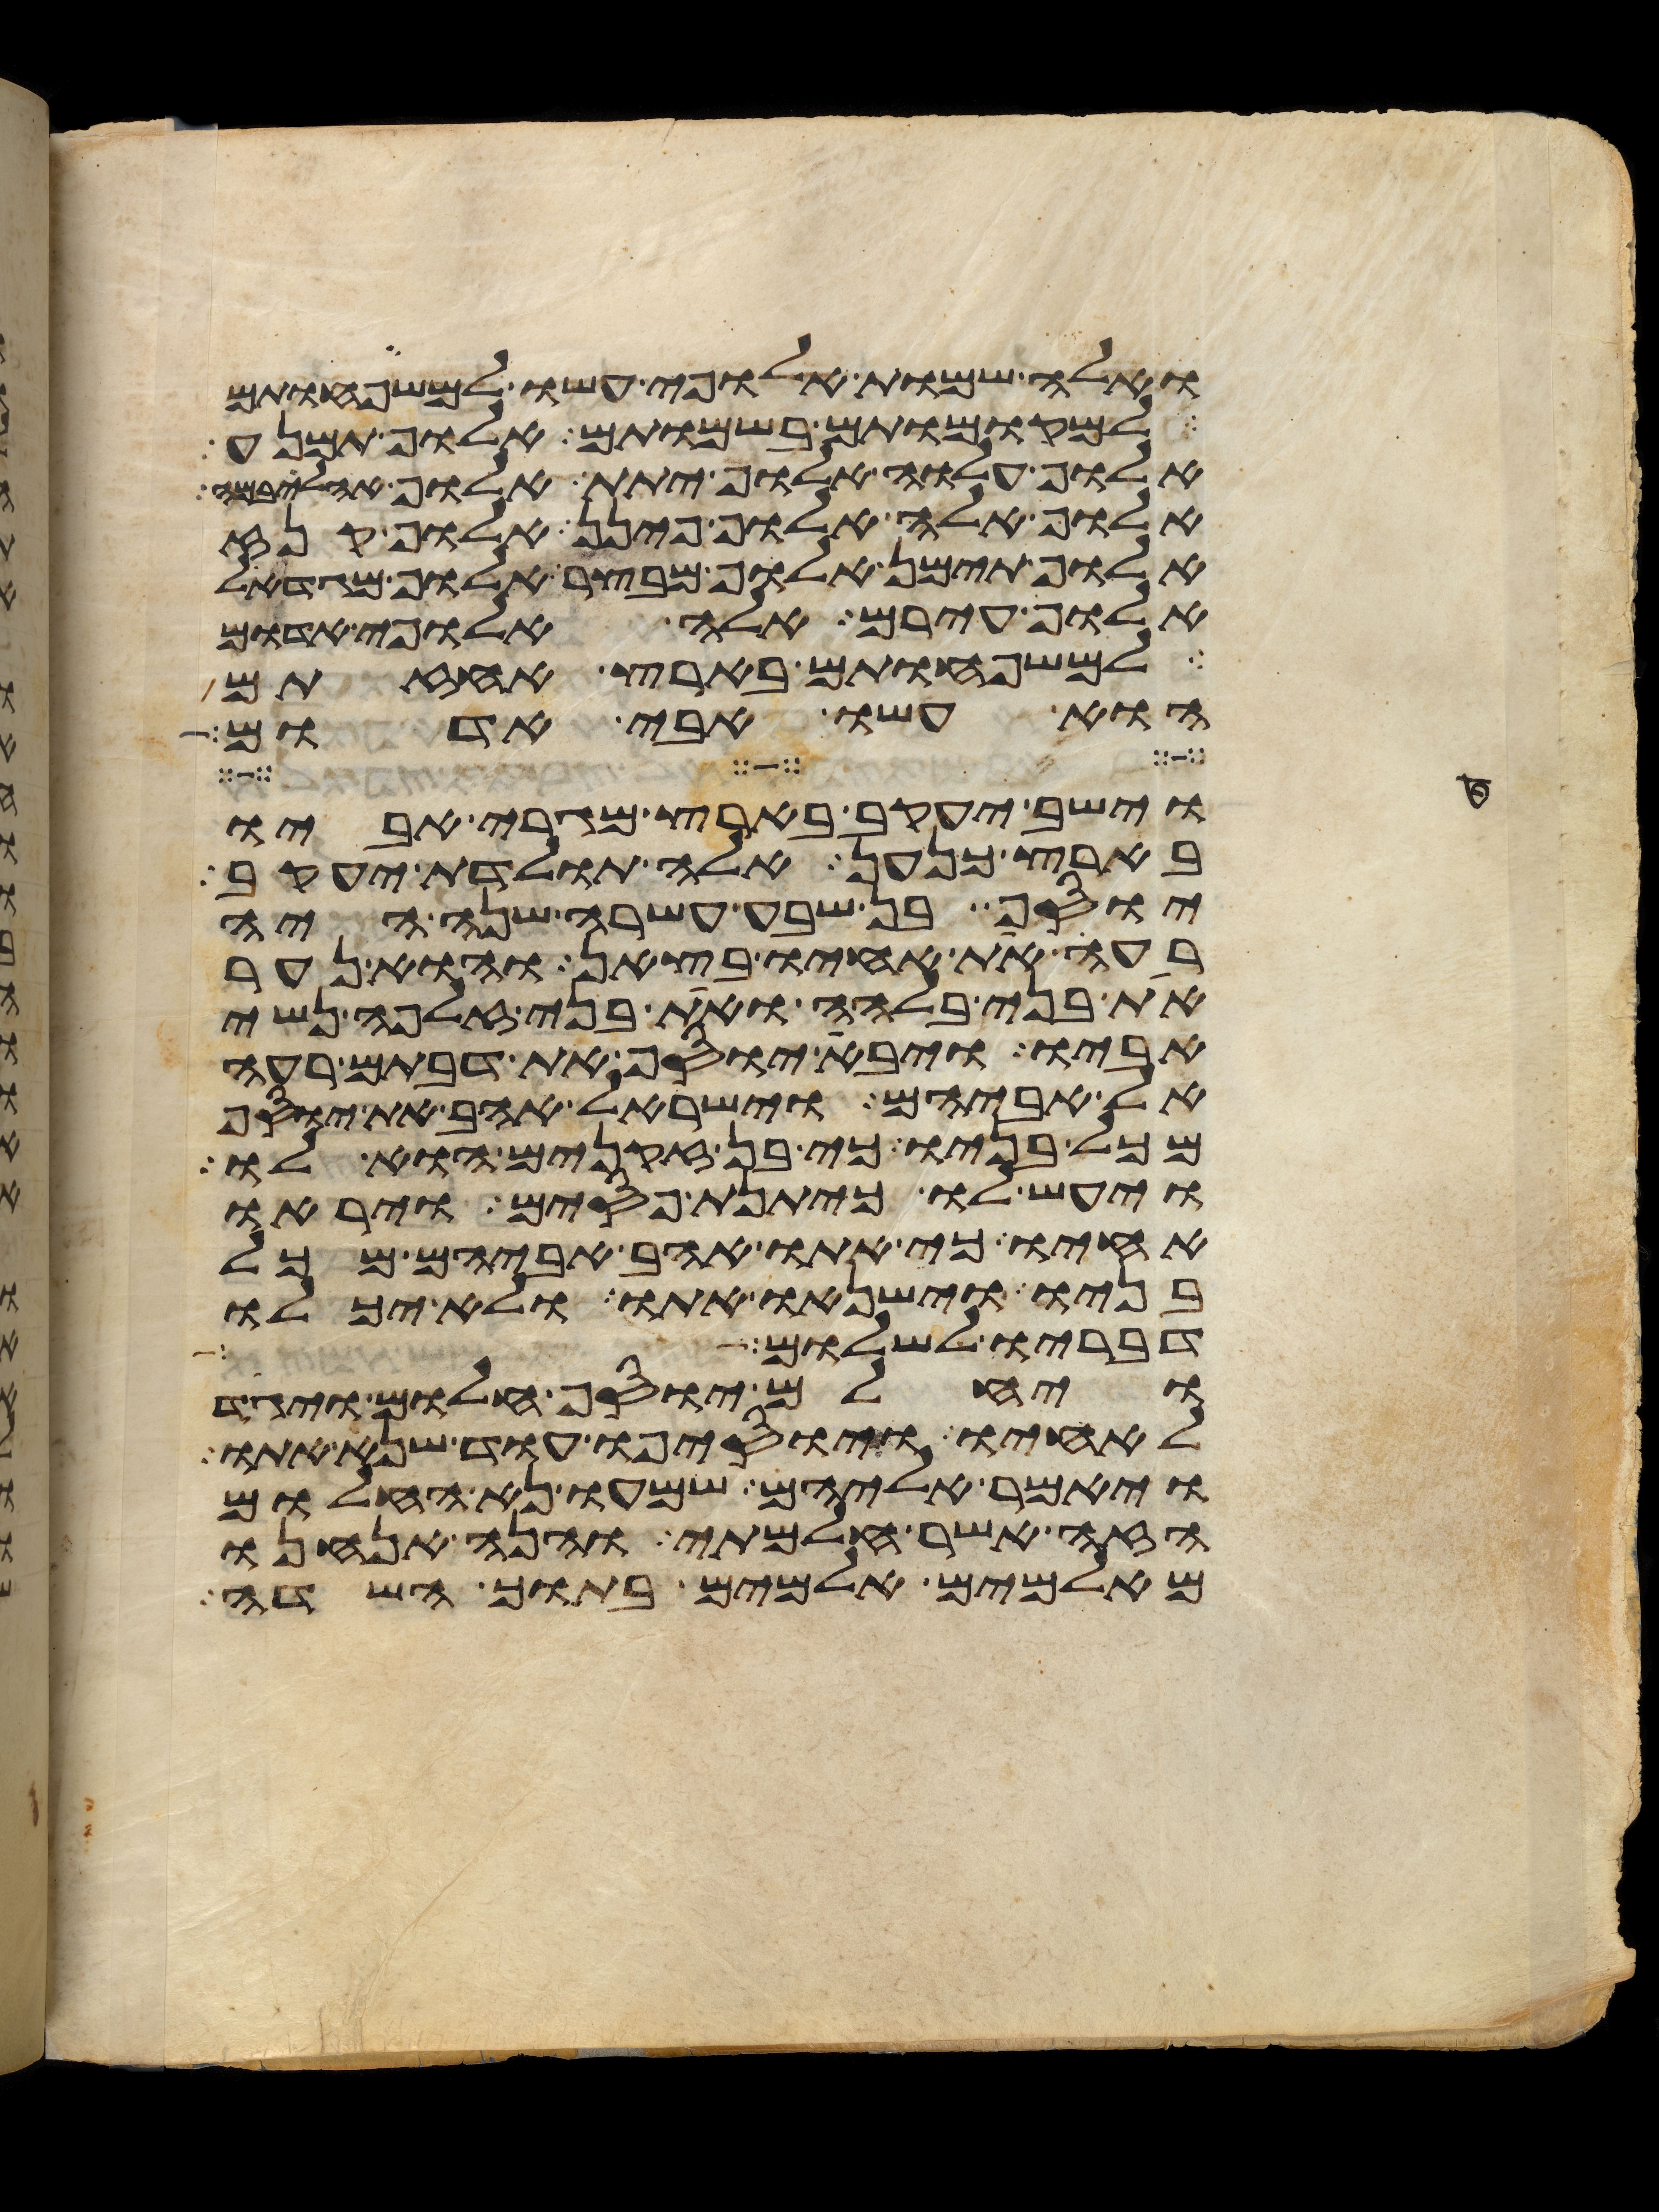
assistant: ואלה שמות אלופי עשו למשפחותם
למקומותם בשמותם אלוף תמנע
אלוף עלוה אלוף יתת אלוף אהליבמה
אלוף אלה אלוף פינן אלוף קנז
אלוף תימן אלוף מבצר אלוף מגדאל
אלוף עירם אלה אלופי אדום
למשפחותם בארץ אחזתם
הוא עשו אבי אדום
וישב יעקב בארץ מגרי אביו
בארץ כנען אלה תולדת יעקב
יוסף בן שבע עשרה שנה היה
רעה את אחיו בצאן והוא נער
את בני בלהה ואת בני זלפה נשי
אביו ויבא יוסף את דבתם רעה
אל אביהם וישראל אהב את יוסף
מכל בניו כי בן זקנים הוא לו
ויעש לו כיתנת פסים ויראו
אחיו כי אתו אהב אביהם מכל
בניו וישנאו אתו ולא יכלו
דבריו לשלום
ויחלם יוסף חלום ויגד
לאחיו ויוסיפו עוד שנא אתו
ויאמר אליהם שמעו נא החלום
הזה אשר חלמתי והנה אנחנו
מאלמים אלמים בתוך השדה